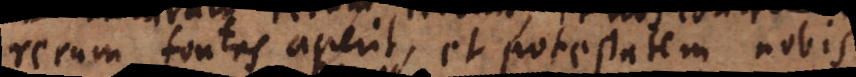
rerum fontes aperit, et potestatem nobis